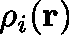
\mathbf { \rho } _ { i } ( \mathbf { r } )